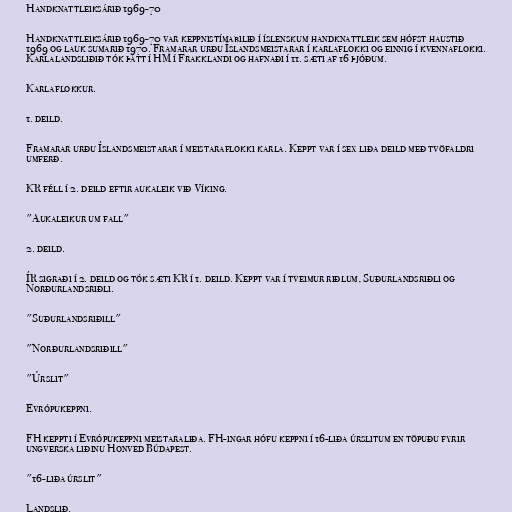
Handknattleiksárið 1969-70

Handknattleiksárið 1969-70 var keppnistímabilið í íslenskum handknattleik sem hófst haustið
1969 og lauk sumarið 1970. Framarar urðu Íslandsmeistarar í karlaflokki og einnig í kvennaflokki.
Karlalandsliðið tók þátt í HM í Frakklandi og hafnaði í 11. sæti af 16 þjóðum.

Karlaflokkur.

1. deild.

Framarar urðu Íslandsmeistarar í meistaraflokki karla. Keppt var í sex liða deild með tvöfaldri
umferð.

KR féll í 2. deild eftir aukaleik við Víking.

"Aukaleikur um fall"

2. deild.

ÍR sigraði í 2. deild og tók sæti KR í 1. deild. Keppt var í tveimur riðlum, Suðurlandsriðli og
Norðurlandsriðli.

"Suðurlandsriðill"

"Norðurlandsriðill"

"Úrslit"

Evrópukeppni.

FH keppti í Evrópukeppni meistaraliða. FH-ingar hófu keppni í 16-liða úrslitum en töpuðu fyrir
ungverska liðinu Honved Búdapest.

"16-liða úrslit"

Landslið.